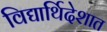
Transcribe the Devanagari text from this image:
विद्यार्थिदेशात